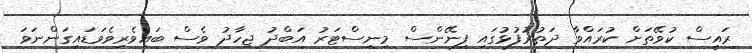
ރައީސް ކުވޭތަށް ކުރައްވާ ދަތުރުފުޅުގައި ފިނޭންސް މިނިސްޓަރު އަބްދު ޖިހާދު ވެސް ބައިވެރިވެވަޑައިގަންނަވަ